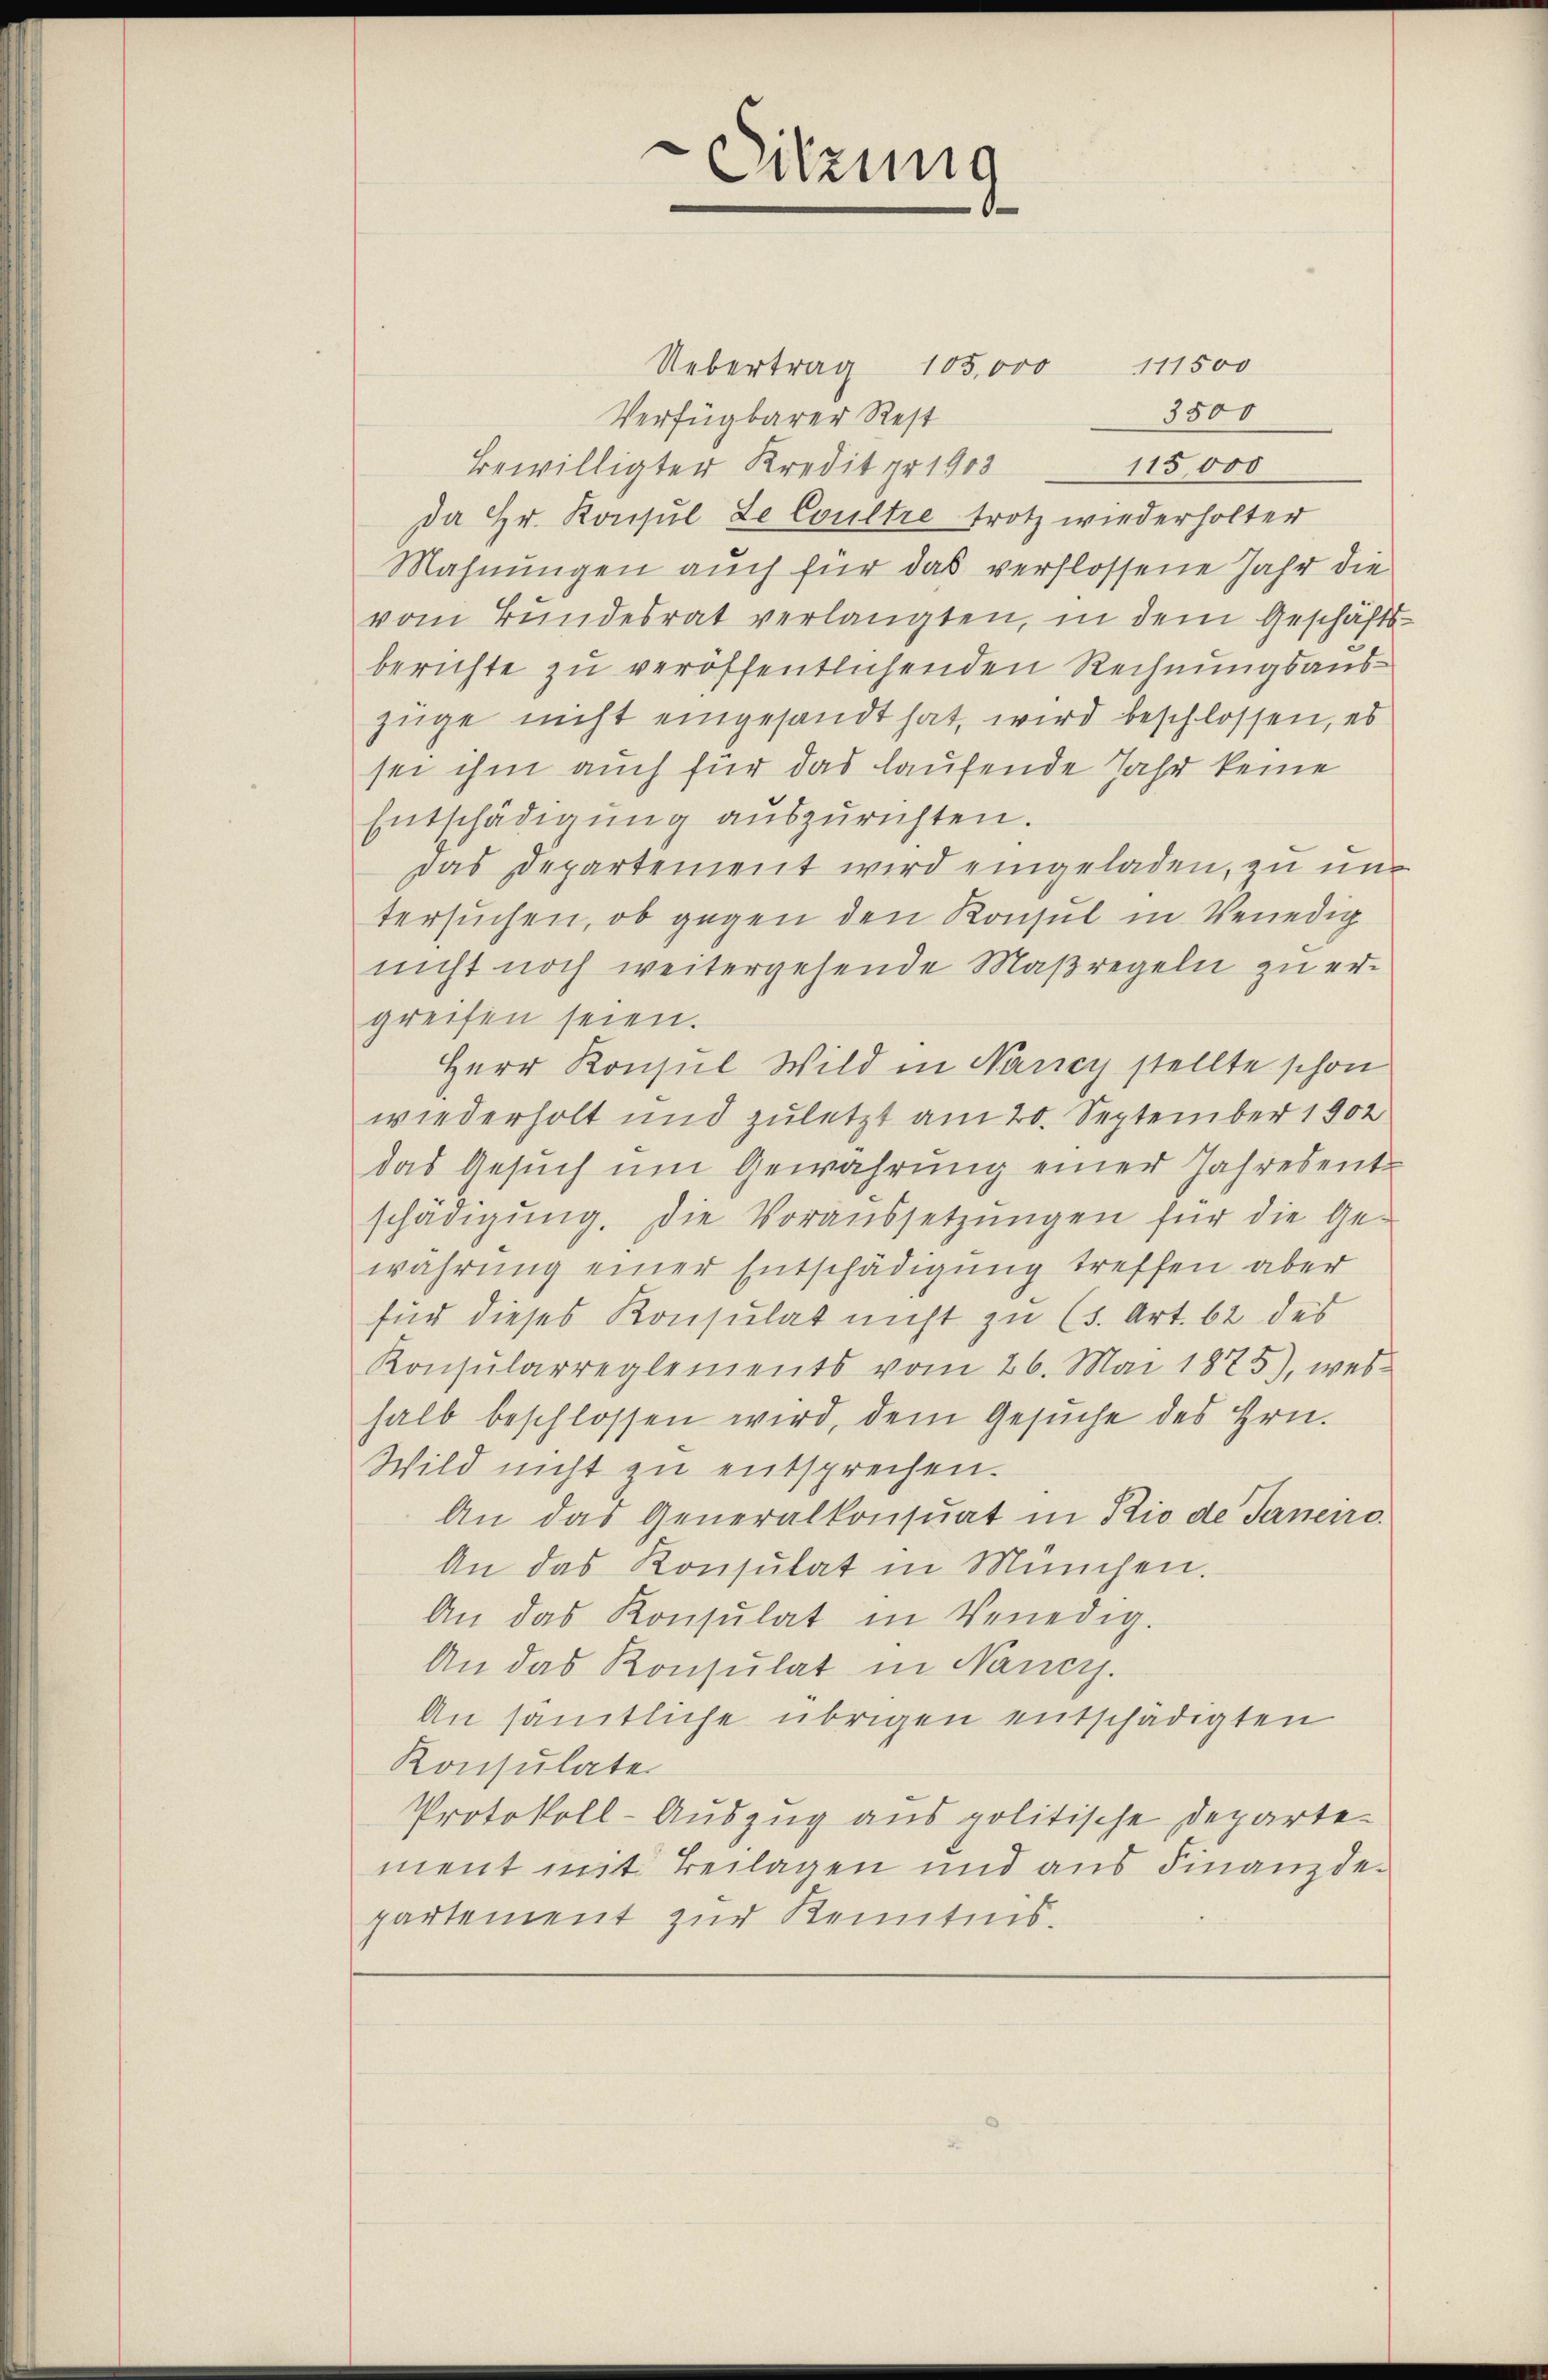
Sitzung

Uebertrag 105,000 111500
3500
Verfügbarer Rest
115,000
Bewilligter Kredit pr 1903
Da Hr. Konsul de Coultre trotz wiederholter
Mahnungen auch für das verflossene Jahr die
vom Bundesrat verlangten, in dem Geschäftsberichte zu veröffentlichenden Rechnungsauszüge nicht eingesandt hat, wird beschlossen, es
sei ihm auch für das laufende Jahr keine
Entschädigung auszurichten.
Das Departement wird eingeladen, zu untersuchen, ob gegen den Konsul in Venedig
nicht noch weitergehende Maßregeln zu ergreifen seien.
Herr Konsul Wild in Nancy stellte schon
wiederholt und zuletzt am 20. September 1902
das Gesŭch ŭm Gewährung einer Jahresent
schädigŭng. Die Voraussetzŭngen für die Ge-
währung einer Entschädigung treffen aber
für dieses Konsulat nicht zu (s. Art. 62 des
Konsularreglements vom 26. Mai 1875), wes-
halb beschlossen wird, dem Gesuche des Hrn.
Wild nicht zu entsprechen.
An das Generalkonsunt in Rio de Janeiro
An das Konsulat in München.
An das Konsulat in Venedig.
An das Konsulat in Nancyj.
An sämtliche übrigen entschädigten
Konsulate
Protokoll-Auszug aus politische Departement mit Beilagen und aus Finanzdepartement zur Kenntnis.